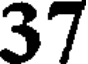
37